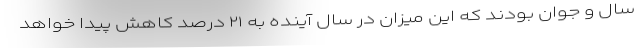
سال و جوان بودند که این میزان در سال آینده به ۲۱ درصد کاهش پیدا خواهد